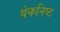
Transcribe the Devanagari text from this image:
येकनिष्ठ